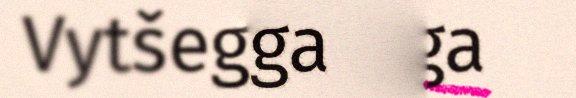
Vytšegdajoga